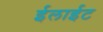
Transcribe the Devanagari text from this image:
ईलाईट